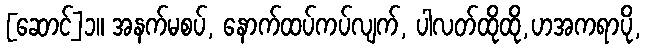
[ဆောင်]၁။ အနက်မစပ်, နောက်ထပ်ကပ်လျက်, ပါလတ်ထိုထို,ဟအကရာပို,